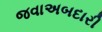
જવાઅબદારી